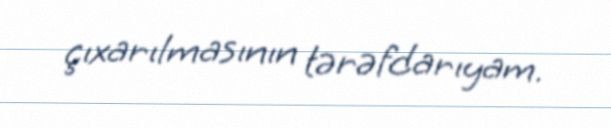
çıxarılmasının tərəfdarıyam.